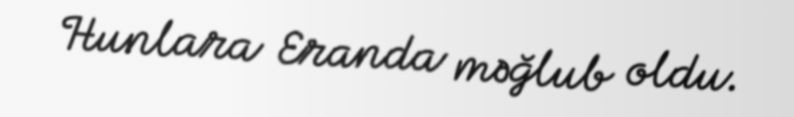
Hunlara Eranda məğlub oldu.